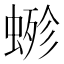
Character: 𧍿